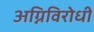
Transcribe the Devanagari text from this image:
अग्निविरोधी